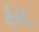
૪૮